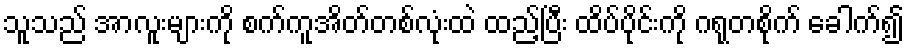
သူသည် အာလူးများကို စက်ကူအိတ်တစ်လုံးထဲ ထည့်ပြီး ထိပ်ပိုင်းကို ဂရုတစိုက် ခေါက်၍